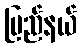
ပြည်နယ်